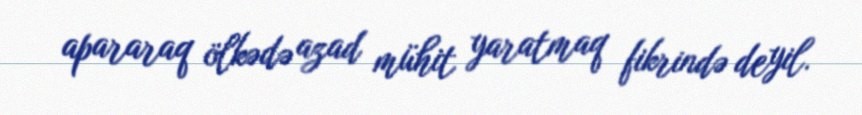
apararaq ölkədə azad mühit yaratmaq fikrində deyil.